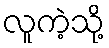
လူကဲ့သို့